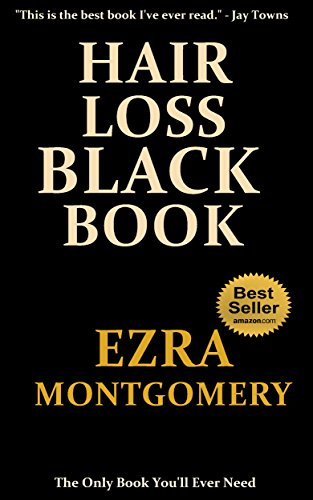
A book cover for Hair Loss Black Book: The Official Guide to Hair Loss For Dummies; Ezra Montgomery; Health, Fitness & Dieting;